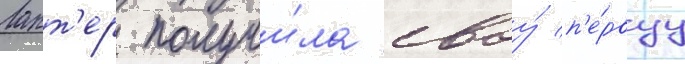
Ларт'ер получи́ла своу́ п'е́рвуу